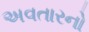
અવતારનો